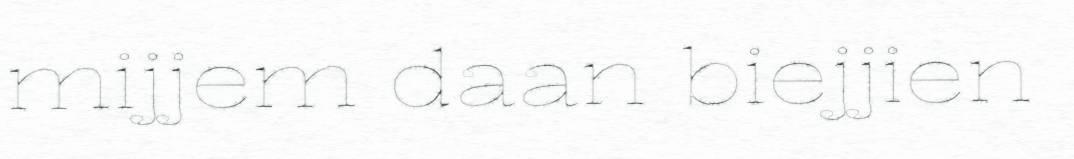
mijjem daan biejjien